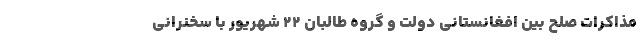
مذاکرات صلح بین افغانستانی دولت و گروه طالبان ۲۲ شهریور با سخنرانی